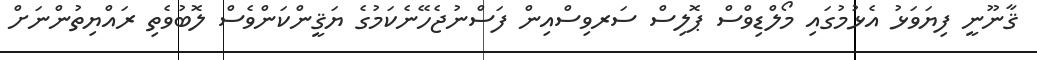
ޤާނޫނީ ފިޔަވަޅު އެޅުމުގައި މޯލްޑިވްސް ޕޮލިސް ސަރވިސްއިން ފަސްނުޖެހޭނެކަމުގެ ޔަޤީންކަންވެސް ލޮބުވެތި ރައްޔިތުންނަށް